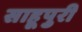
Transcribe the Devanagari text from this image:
साहूपुरी